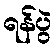
ရန်ပွဲ